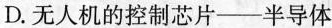
D.无人机的控制芯片——半导体